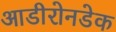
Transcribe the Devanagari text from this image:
आडीरोनडेक